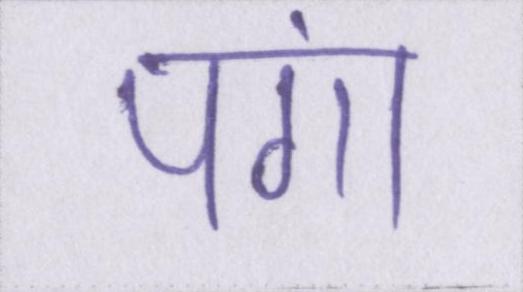
पंगा